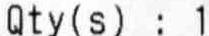
QTY(S) : 1